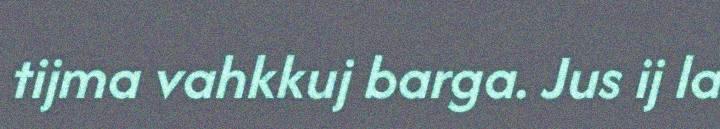
tijma vahkkuj barga. Jus ij la